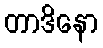
တာဒိနော